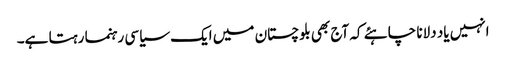
انہیں یاد دلانا چاہئے کہ آج بھی بلوچستان میں ایک سیاسی رہنما رہتا ہے۔